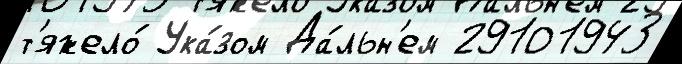
т'яжело́ Ука́зом Да́льн'ем 29101943